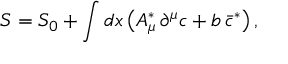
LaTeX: S = S _ { 0 } + \int d x \, \bigl ( A _ { \mu } ^ { \ast } \, \partial ^ { \mu } c + b \, \bar { c } ^ { \ast } \bigr ) \, ,